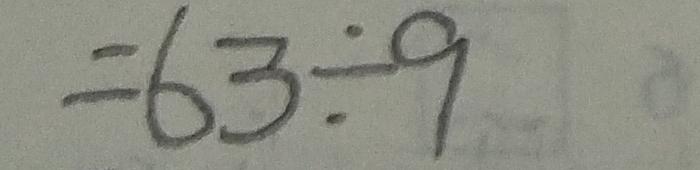
= 6 3 \div 9